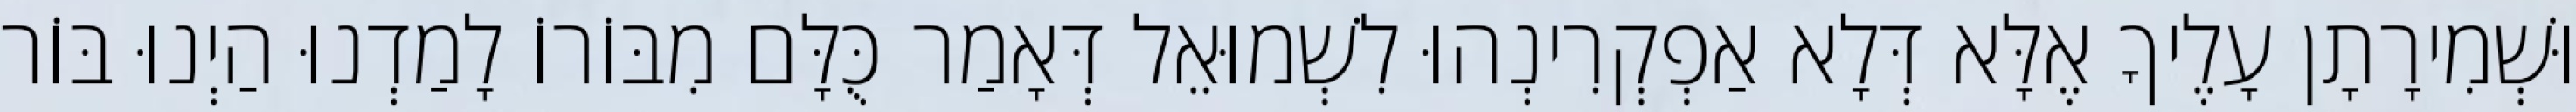
וּשְׁמִירָתָן עָלֶיךָ אֶלָּא דְּלָא אַפְקְרִינְהוּ לִשְׁמוּאֵל דְּאָמַר כֻּלָּם מִבּוֹרוֹ לָמַדְנוּ הַיְנוּ בּוֹר